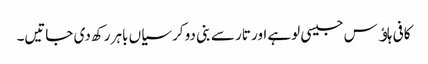
کافی ہاﺅس جیسی لوہے اور تار سے بنی دو کرسیاں باہر رکھ دی جاتیں۔